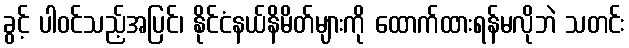
ခွင့် ပါဝင်သည့်အပြင်၊ နိုင်ငံနယ်နိမိတ်များကို ထောက်ထားရန်မလိုဘဲ သတင်း